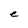
Character: C